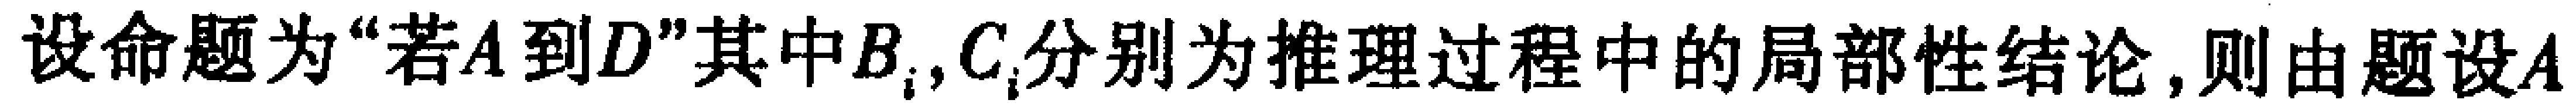
设命题为“若\(A\)到\(D\)”其中\(B_{i},C_{i}\)分别为推理过程中的局部性结论,则由题设\(A\)